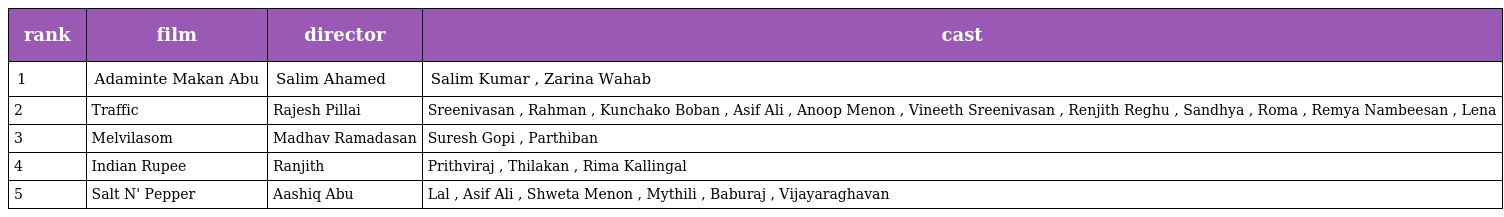
| rank | film | director | cast |
 | --- | --- | --- | --- |
 | 1 | Adaminte Makan Abu | Salim Ahamed | Salim Kumar , Zarina Wahab |
 | 2 | Traffic | Rajesh Pillai | Sreenivasan , Rahman , Kunchako Boban , Asif Ali , Anoop Menon , Vineeth Sreenivasan , Renjith Reghu , Sandhya , Roma , Remya Nambeesan , Lena |
 | 3 | Melvilasom | Madhav Ramadasan | Suresh Gopi , Parthiban |
 | 4 | Indian Rupee | Ranjith | Prithviraj , Thilakan , Rima Kallingal |
 | 5 | Salt N' Pepper | Aashiq Abu | Lal , Asif Ali , Shweta Menon , Mythili , Baburaj , Vijayaraghavan |